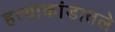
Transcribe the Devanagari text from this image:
हत्याकांडातले